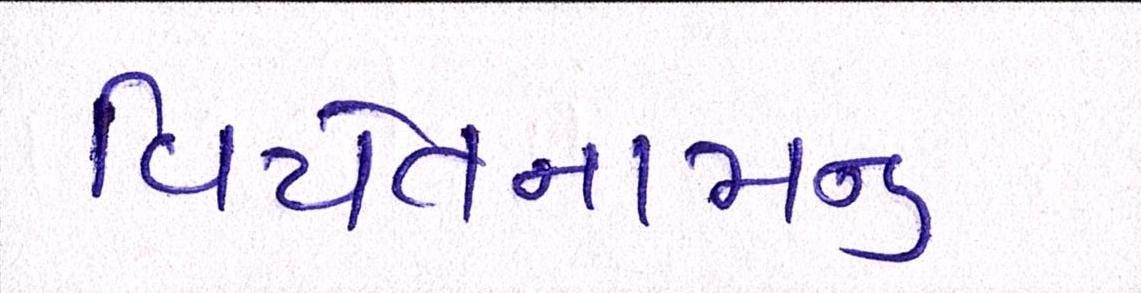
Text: વિયેતનામનું